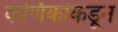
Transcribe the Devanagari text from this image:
कर्णिकांकडून